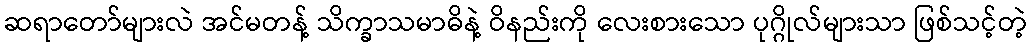
ဆရာတော်များလဲ အင်မတန့် သိက္ခာသမာဓိနဲ့ ဝိနည်းကို လေးစားသော ပုဂ္ဂိုလ်များသာ ဖြစ်သင့်တဲ့